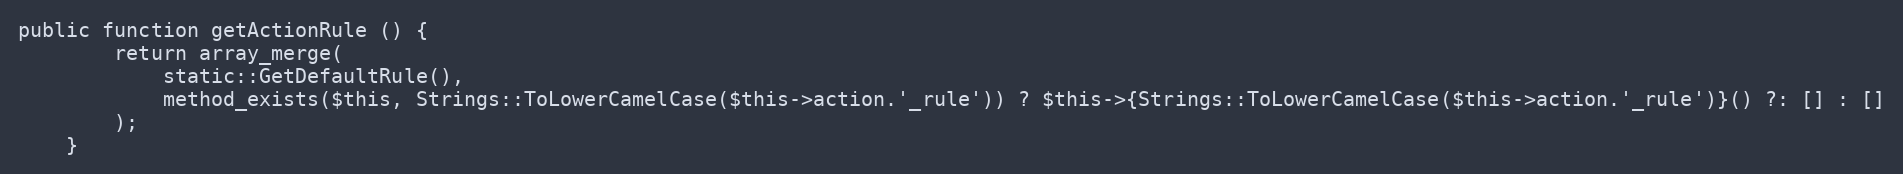
Language: PHP
public function getActionRule () {
		return array_merge(
			static::GetDefaultRule(),
			method_exists($this, Strings::ToLowerCamelCase($this->action.'_rule')) ? $this->{Strings::ToLowerCamelCase($this->action.'_rule')}() ?: [] : []
		);
	}